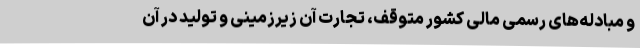
و مبادله‌های رسمی مالی کشور متوقف، تجارت آن زیرزمینی و تولید در آن